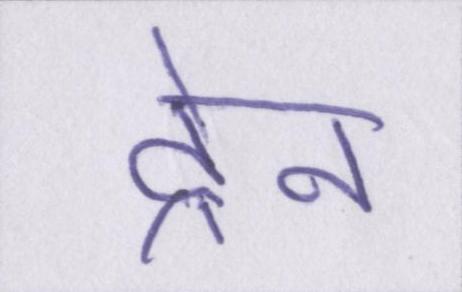
ट्रेन